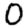
Digit: 0